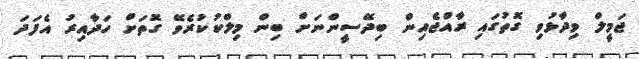
ޖަމީލް ވިދާޅުވި ގޮތުގައި ރާއްޖެއިން ބިދޭސީންނަށް ބިން މިލްކުކުރެވޭ ގޮތަށް ހަދާއިރު އެފަދަ